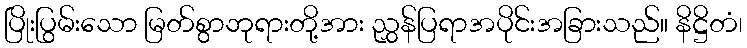
ပြိုးပြွမ်းသော မြတ်စွာဘုရားတို့အား ညွှန်ပြရာအပိုင်းအခြားသည်။ နိဋ္ဌိတံ၊